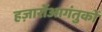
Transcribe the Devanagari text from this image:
हज़ारोंआगंतुकों